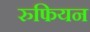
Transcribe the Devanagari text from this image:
रुफियन